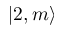
| 2 , m \rangle